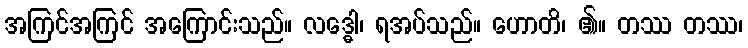
အကြင်အကြင် အကြောင်းသည်။ လဒ္ဓေါ၊ ရအပ်သည်။ ဟောတိ၊ ၏။ တဿ တဿ၊